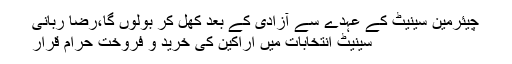
چیئرمین سینیٹ کے عہدے سے آزادی کے بعد کھل کر بولوں گا،رضا ربانی
سینیٹ انتخابات میں اراکین کی خرید و فروخت حرام قرار